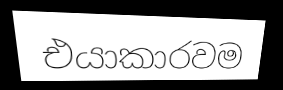
එයාකාරවම